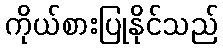
ကိုယ်စားပြုနိုင်သည်